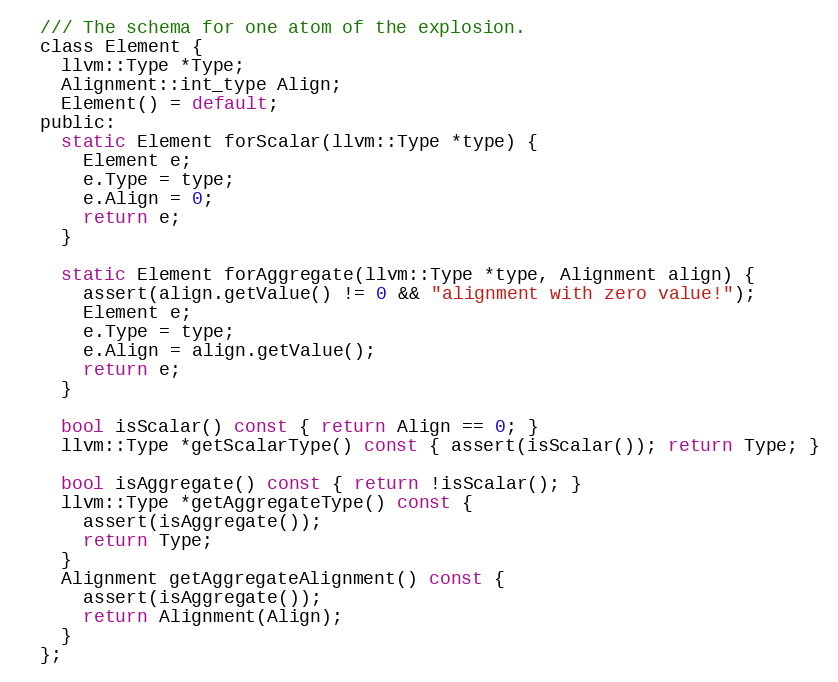
Language: C
  /// The schema for one atom of the explosion.
  class Element {
    llvm::Type *Type;
    Alignment::int_type Align;
    Element() = default;
  public:
    static Element forScalar(llvm::Type *type) {
      Element e;
      e.Type = type;
      e.Align = 0;
      return e;
    }

    static Element forAggregate(llvm::Type *type, Alignment align) {
      assert(align.getValue() != 0 && "alignment with zero value!");
      Element e;
      e.Type = type;
      e.Align = align.getValue();
      return e;
    }

    bool isScalar() const { return Align == 0; }
    llvm::Type *getScalarType() const { assert(isScalar()); return Type; }

    bool isAggregate() const { return !isScalar(); }
    llvm::Type *getAggregateType() const {
      assert(isAggregate());
      return Type;
    }
    Alignment getAggregateAlignment() const {
      assert(isAggregate());
      return Alignment(Align);
    }
  };